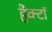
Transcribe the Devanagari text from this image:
हैक्टॉ